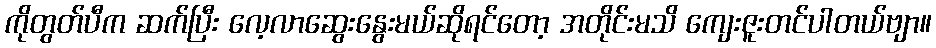
ကိုတွတ်ပီက ဆက်ပြီး လေ့လာဆွေးနွေးမယ်ဆိုရင်တော့ အတိုင်းမသိ ကျေးဇူးတင်ပါတယ်ဗျာ။